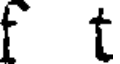
f t